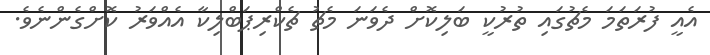
އެއީ ފުރަތަމަ މެޗުގައި ތުރުކީ ބަލިކޮށް ދެވަނަ މެޗު ޗެކްރިޕަބްލިކާ އެއްވަރު ކޮށްގެންނެވެ.